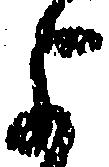
よ